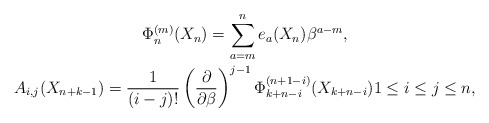
\begin{gather*}\Phi_{n}^{(m)}(X_n)=\sum_{a=m}^{n}e_a(X_n) \beta^{a-m},\\A_{i,j}(X_{n+k-1})={1 \over (i-j)!} \left({\partial \over \partial \beta}\right)^{j-1} \Phi_{k+n-i}^{(n+1-i)}(X_{k+n-i}) 1 \le i \le j \le n,\end{gather*}